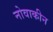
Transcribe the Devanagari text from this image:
नोवाकीन